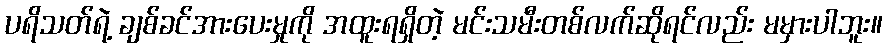
ပရိသတ်ရဲ့ ချစ်ခင်အားပေးမှုကို အထူးရရှိတဲ့ မင်းသမီးတစ်လက်ဆိုရင်လည်း မမှားပါဘူး။